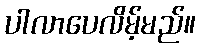
ပါလာပေလိမ့်မည်။